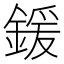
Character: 鍰